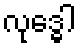
လုဒ္ဓေါ